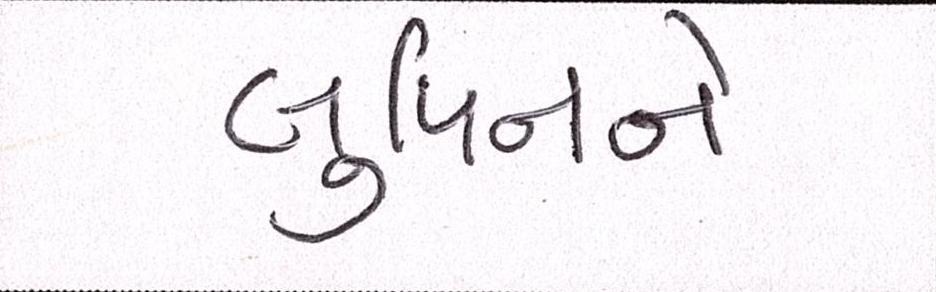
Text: લુપિનને